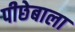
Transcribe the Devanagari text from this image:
पीछेबाला